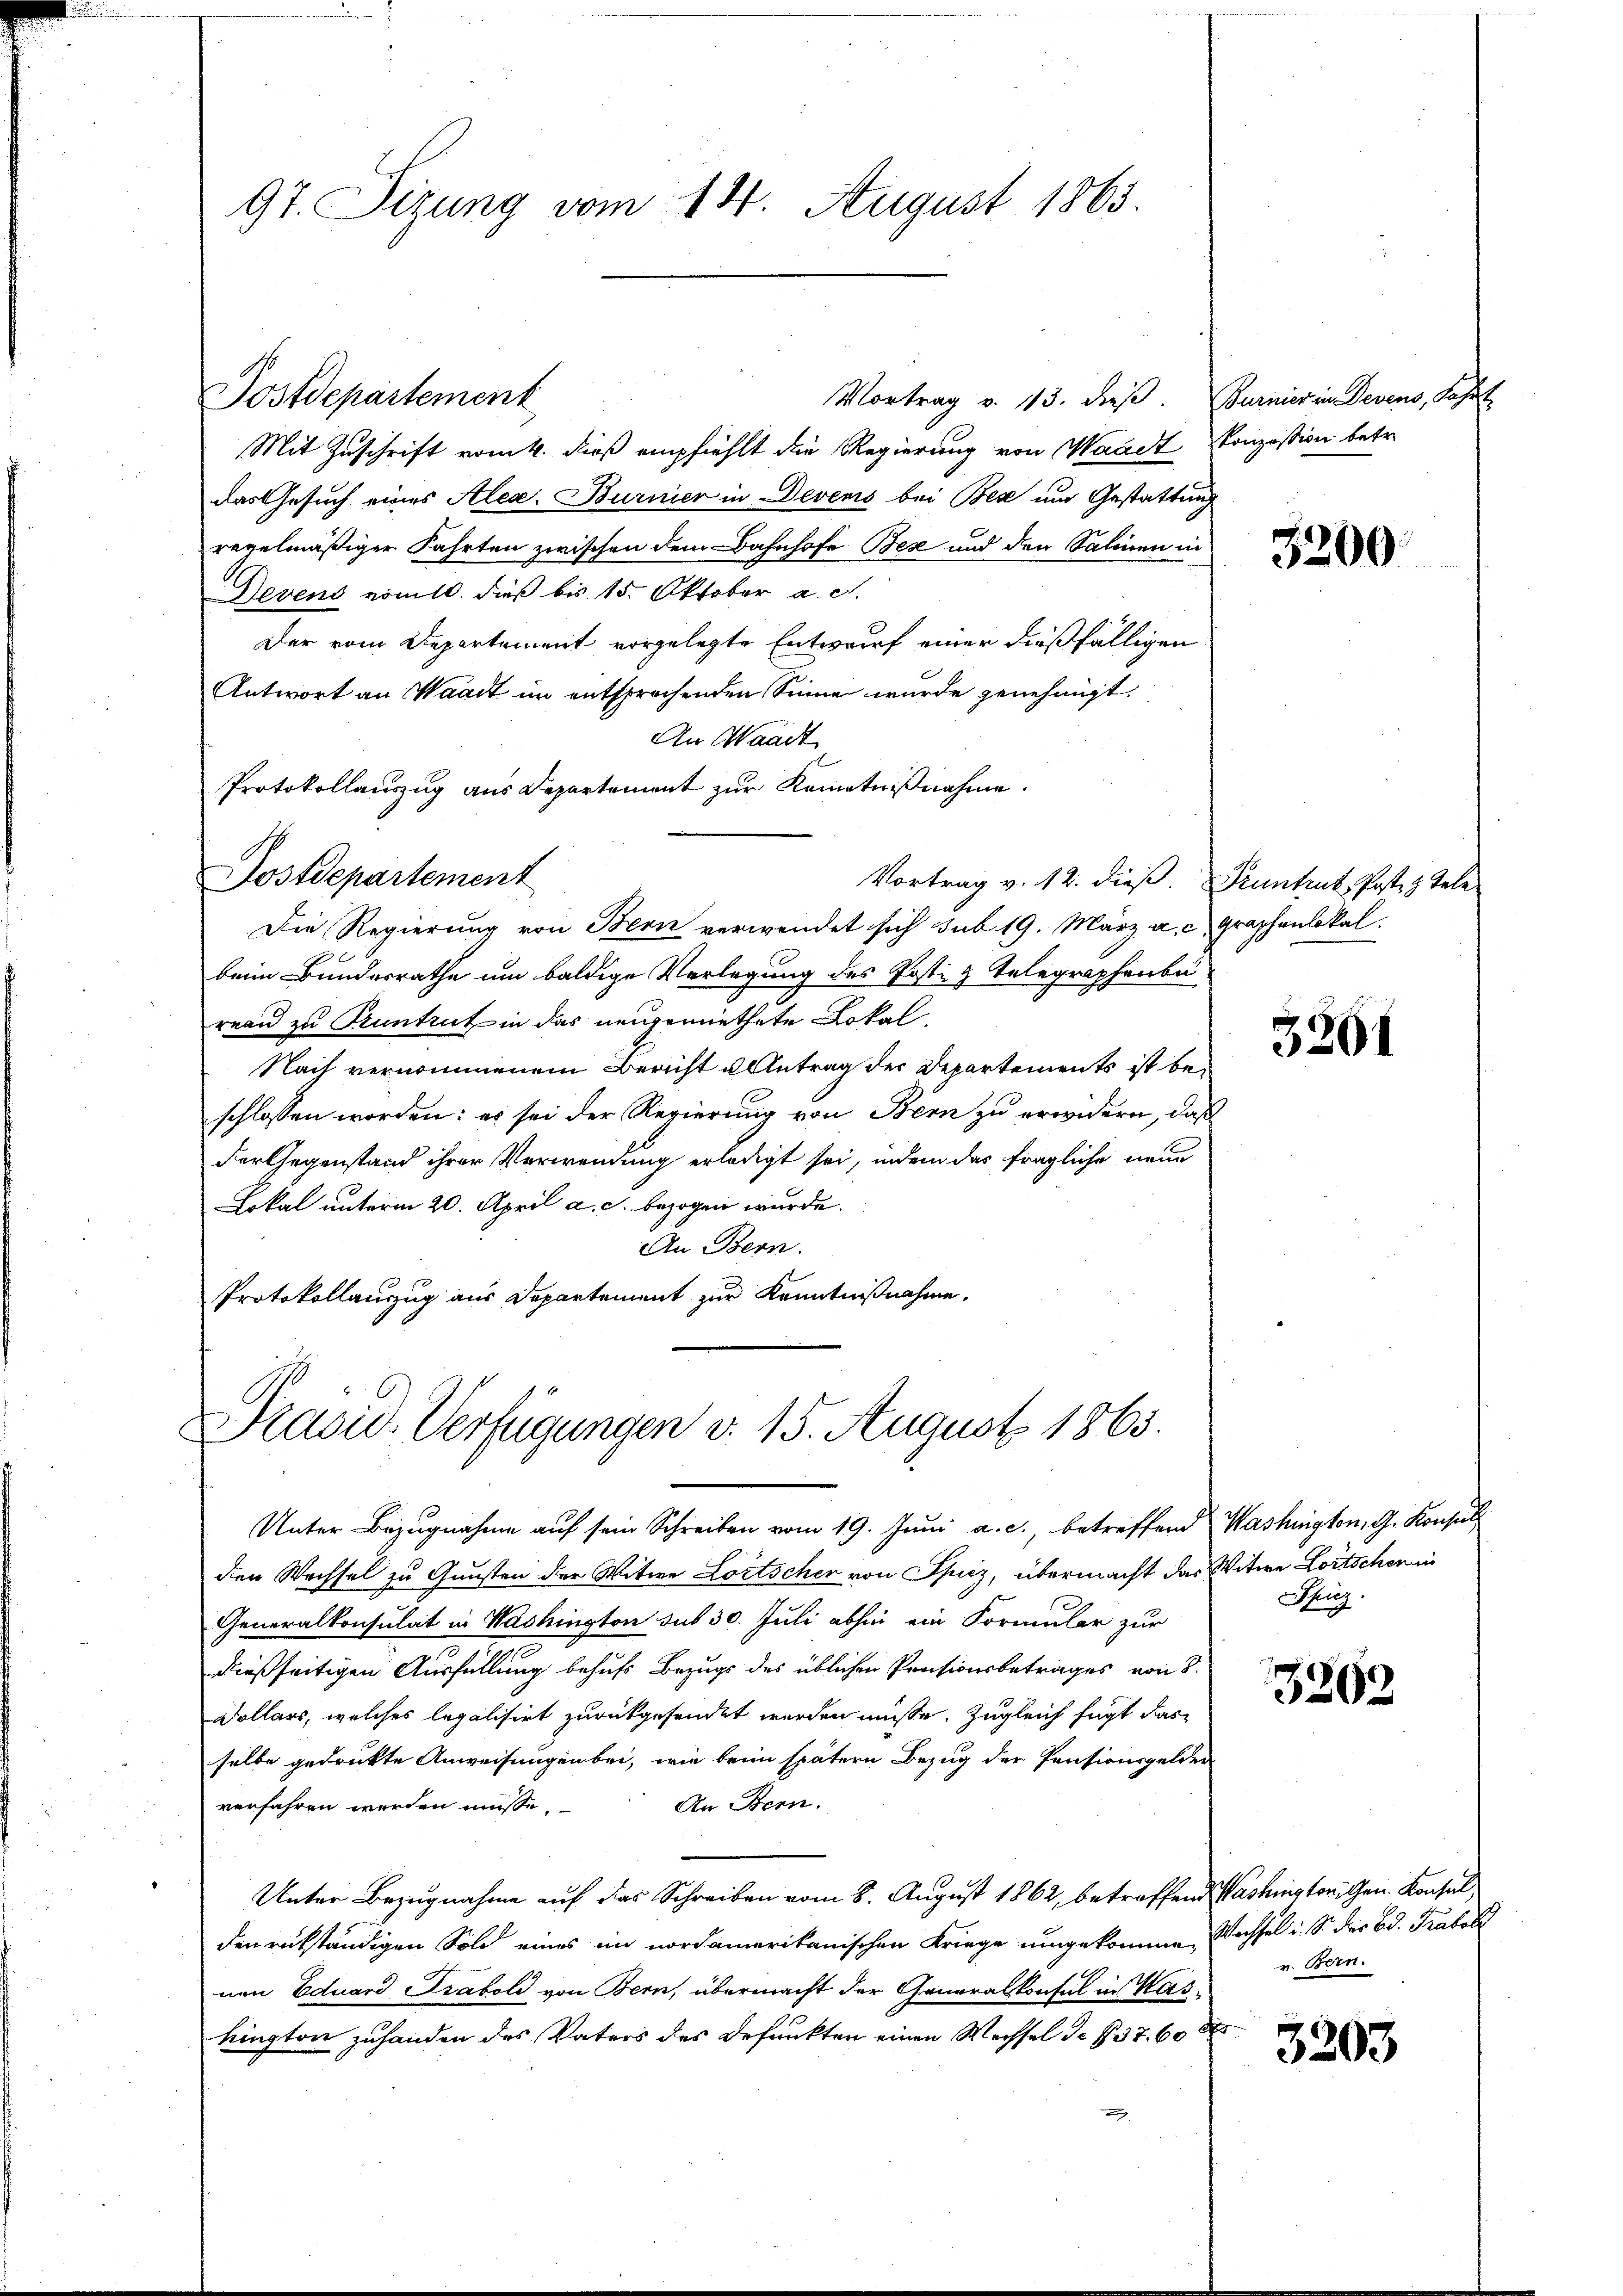
97. Sitzung vom 14. August 1863.

Mit Zuschrift vom 4. dieß empfiehlt die Regierung von Waadt Konzession betr.
das Gesuch eines Alex. Burnier in Devens bei Bese und Gestattung
regelmäßiger Fahrten zwischen dem Bahnhofe Bex und den Salinen in
Devens vomtl. dieß bis 15. Oktober a. c.
Der vom Departement vorgelegte Entwurf einer dießfälligen
Antwort an Waadt im entsprochenden Sinne wurde genehmigt.
An Waadt
Protokollauszug aus Departement zur Kenntnißnahme.
Vortrag v. 12. dieß. Pruntrut, Post 3 Tele
Die Regierung von Bern verwendet sich sub 19. März a. c. Graphenlokal
beim Bundesrathe um baldige Verlegung des Postig Telegraphenbu
reau zu Pruntrut in das neugemiethete Lokal-
Nach vernommenem Bericht u Antrag der Departements ist beschlossen worden: es sei der Regierung von Bern zu erwidern, daß
der Gegenstand ihrer Verwendung erledigt sei, indem das fragliche neue
Lokal unterm 20. April a. c. bezogen wurde.
An Bern.
Protokollauszug aus Departement zur Kenntnißnahme,

Postdepartement

Postdepartement

Vortrag v. 13. dieβ. Burnier in Devens, Fahrt

Präsid. Verfügungen d. 15. August 1865.

Unter Bezugnahme auf sein Schreiben vom 19. Juni a. c., betreffend Washington, G. Konsul
den Wechsel zu Gunsten der Witwe Lortscher von Spiez, übermacht das Witwe Loitschen in
Generalkonsulat in Washington sub 30. Juli abhin ein Formular zur
dießseitigen Ausfüllung behufs Bezugs des üblichen Pensionsbetrages von 8.
Dollars, welches legalisirt zurückgesendet werden müsse. Zugleich fügt das
selbe gedruckte Anweisungen bei, wie bein spätern Bezug der Pensionsgelder
An Bern.
verfahren worden müsse.
Unter Bezugnahme auf das Schreiben vom 8. August 1862, betreffend Washingtoni gen. Konsul
den rükständigen Sold eines in nordamerikanischen Kriege umgekomme, Wachsel i. S. der Bd. Trabel
nen Eduard Traboli von Bern, übermacht der Generalkonsul in Waskington zuhanden des Vaters des Befunkten einen Wechsel de pr 7. 60 d

3200

3201

Spiz

3263

v. Bern.

3203